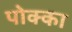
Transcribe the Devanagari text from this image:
पोक्का